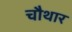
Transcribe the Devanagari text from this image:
चौथार